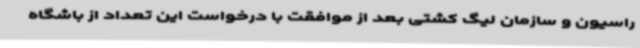
راسیون و سازمان لیگ کشتی بعد از موافقت با درخواست این تعداد از باشگاه